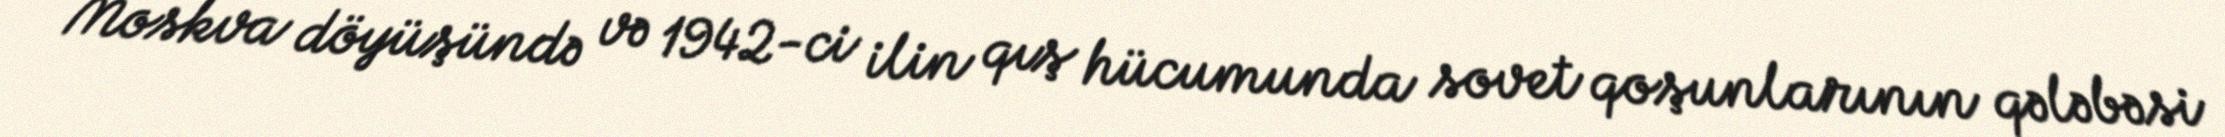
Moskva döyüşündə və 1942-ci ilin qış hücumunda sovet qoşunlarının qələbəsi